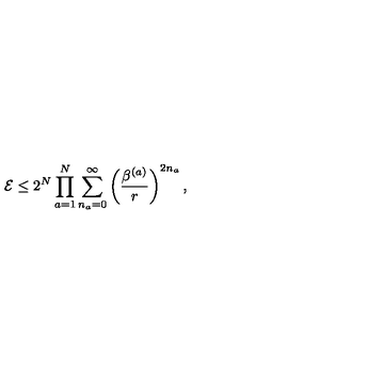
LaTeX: { \cal E } \leq 2 ^ { N } \prod _ { a = 1 } ^ { N } \sum _ { n _ { a } = 0 } ^ { \infty } \left( \frac { \beta ^ { ( a ) } } { r } \right) ^ { 2 n _ { a } } ,